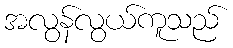
အလွန်လွယ်ကူသည်